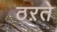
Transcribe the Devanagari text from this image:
ठऱते